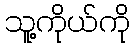
သူ့ကိုယ်ကို